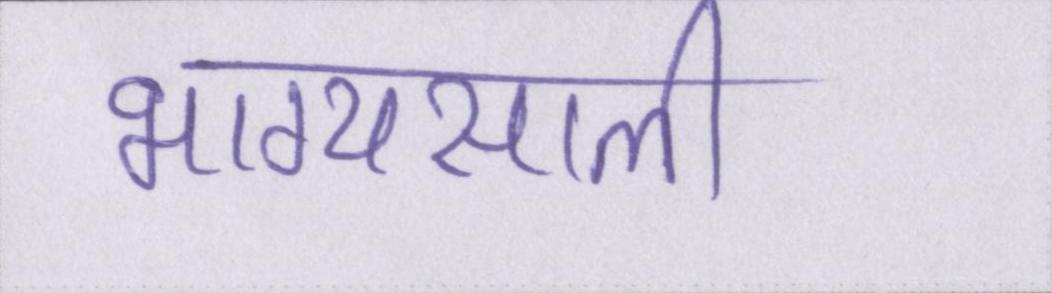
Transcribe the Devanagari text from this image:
भाग्यसाली